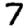
Digit: 7